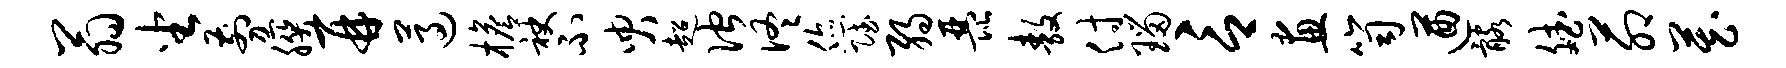
翁坐剪朕再遵檐袂不臾超伫佟您赋弱琵敖付瑙言画笥遒髂斌茆藏